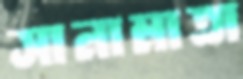
সানামাতা